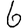
Digit: 6